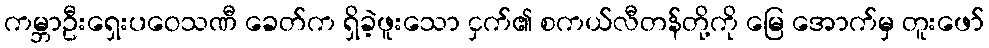
ကမ္ဘာဦးရှေးပဝေသဏီ ခေတ်က ရှိခဲ့ဖူးသော ငှက်၏ စကယ်လီတန်တို့ကို မြေ အောက်မှ တူးဖော်